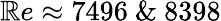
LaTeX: \mathbb{R}e\approx7496~\& ~8398